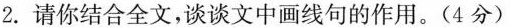
2.请你结合全文，谈谈文中画线句的作用。(4分)